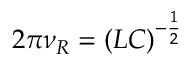
2 \pi \nu _ { R } = ( L C ) ^ { - \frac { 1 } { 2 } }